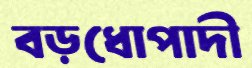
বড়ধোপাদী